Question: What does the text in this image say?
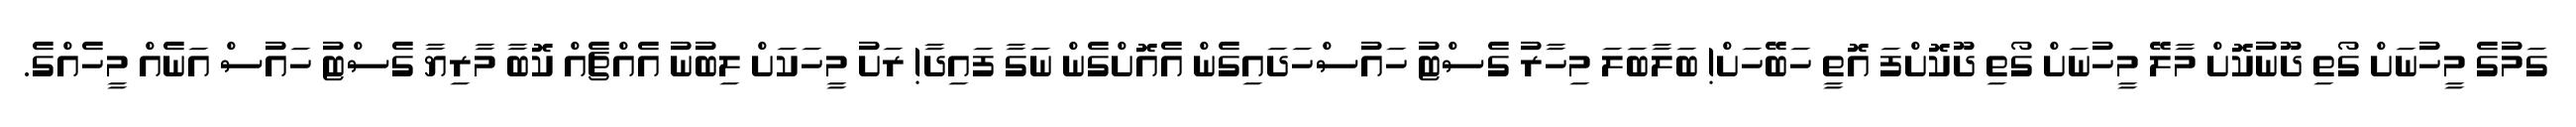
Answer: ގަމުގެ މީހުނަށް ގޯތި ދޫނުކޮށް މާލޭ މީހުނަށް ގޯތި ދޫކޮށްފަ އޮތީ ހަބޭހަށް! ބަލާބަލަ މިހާރު ގެސްޓު ހައުސްހަދައިގެން އެއޮށްގެން ނަގާ ފައިދާ! ރަށު މީހަކަށް ލިބުނު އެއްޗެއް ކޮބާ މާރިޔާ ގެސްޓު ހައުސް އަނެއް މީހެއްގެ.